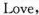
Love,